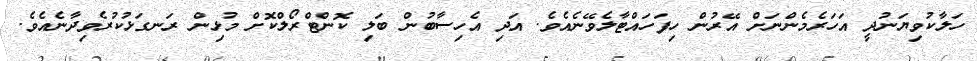
ހަލާކުވިޔަނުދީ އަހަރެމެންނަށް އޭރުން ހިފަހައްޓާލެވޭނެއެވެ. އަދި އެހިސާބުން ބަލި ކޮންޓްރޯލްކޮށް މުޅިން ރަނގަޅުކުރެވިދާނެއެވެ.